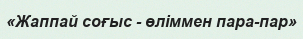
«Жаппай соғыс - өліммен пара-пар»